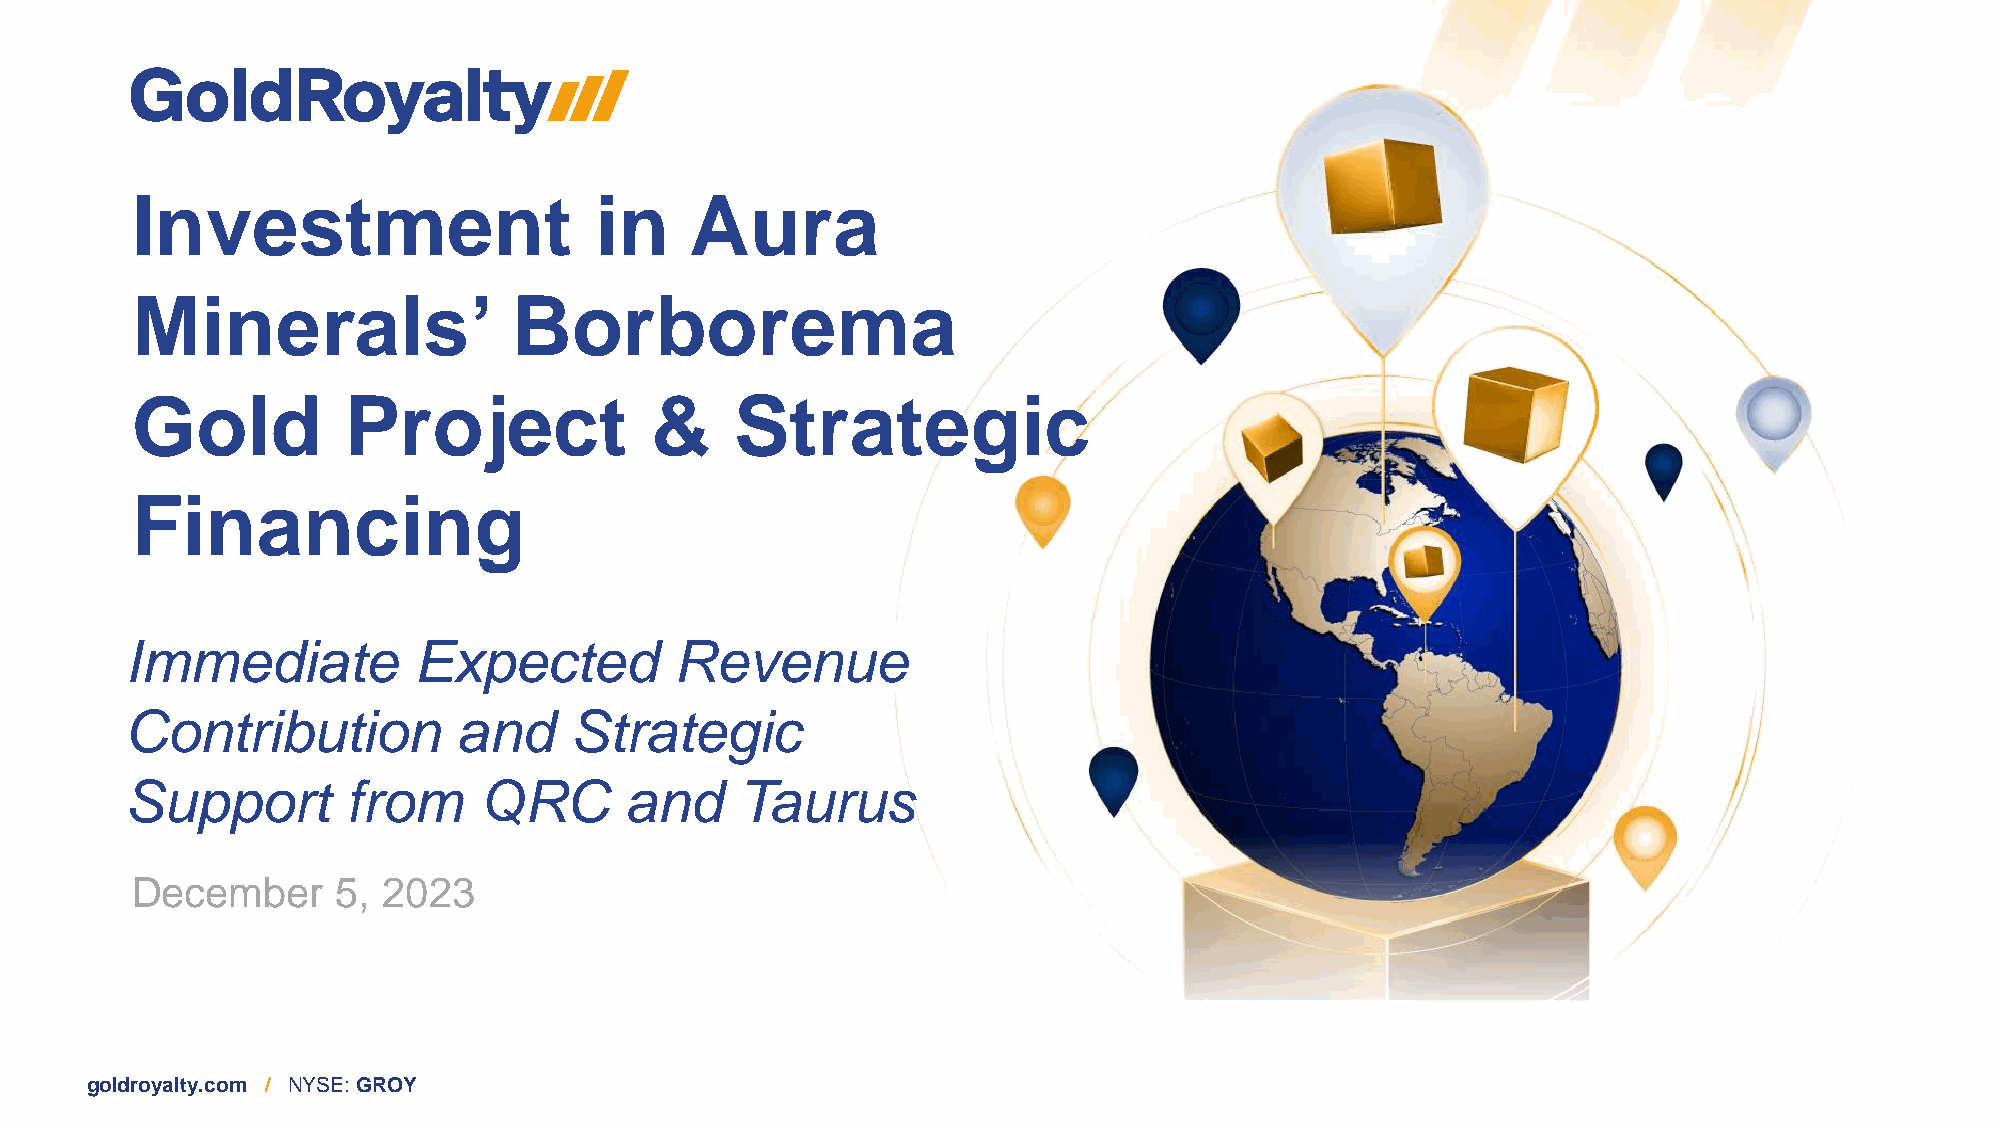
Investment                    in     Aura
 Minerals’                Borborema
 Gold          Project             &     Strategic
 Financing
 Immediate          Expected          Revenue
 Contribution          and     Strategic
 Support        from     QRC      and     Taurus
 December     5, 2023
 goldroyalty.com / NYSE: GROY